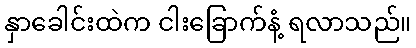
နှာခေါင်းထဲက ငါးခြောက်နံ့ ရလာသည်။